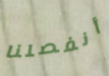
أنفصلنا